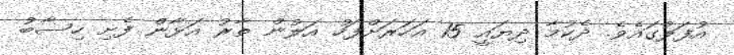
އުފަލުގައެވެ. ދެކުމާ ދިޔައީ 15 އަހަރަށްފަހު އަލުން ތާރު އަޅާން ފެށި ހިސާބު